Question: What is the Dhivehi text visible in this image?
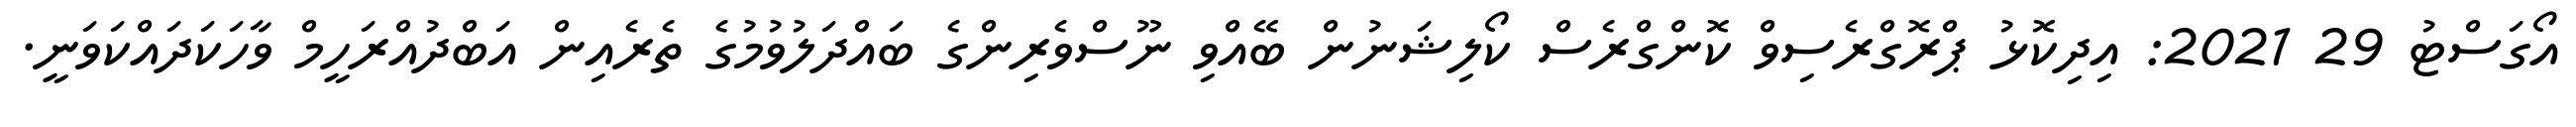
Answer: އޯގަސްޓު 29 2021: އިދިކޮޅު ޕްރޮގްރެސިވް ކޮންގްރެސް ކޯލިޝަނުން ބޭއްވި ނޫސްވެރިންގެ ބައްދަލުވުމުގެ ތެރެއިން އަބްދުއްރަހީމް ވާހަކަދައްކަވަނީ.